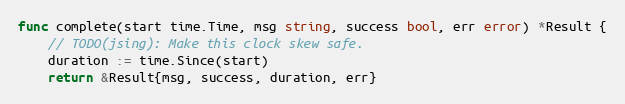
Language: Go
func complete(start time.Time, msg string, success bool, err error) *Result {
	// TODO(jsing): Make this clock skew safe.
	duration := time.Since(start)
	return &Result{msg, success, duration, err}